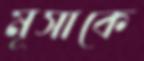
মূসাকে